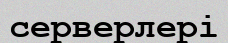
серверлері